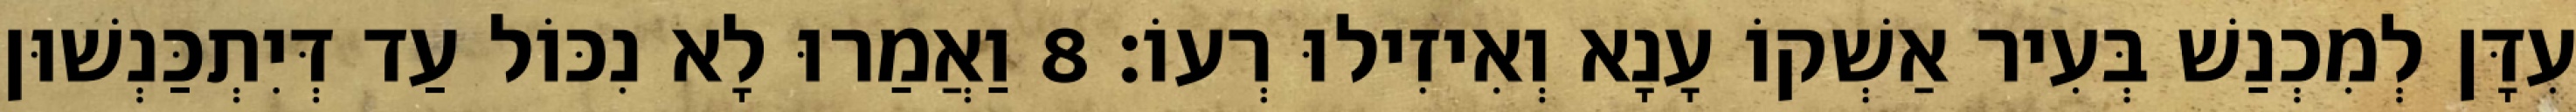
עִדָּן לְמִכְנַשׁ בְּעִיר אַשְׁקוֹ עָנָא וְאִיזִילוּ רְעוֹ׃ 8 וַאֲמַרוּ לָא נִכּוֹל עַד דְּיִתְכַּנְשׁוּן